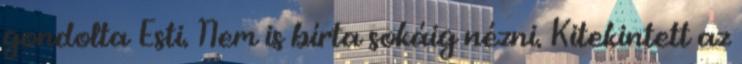
gondolta Esti. Nem is bírta sokáig nézni. Kitekintett az